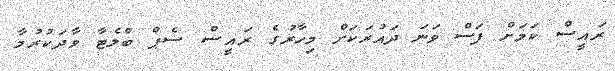
ރައީސް ކަމަށް ފަސް ވަނަ ދައުރަކަށް މިހާރުގެ ރައީސް ސެޕް ބްލެޓާ ވާދަކުރުމާ